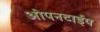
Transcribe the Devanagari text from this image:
ओपनटाईप